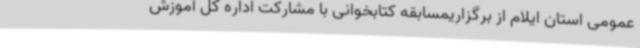
عمومی استان ایلام از برگزاریمسابقه کتابخوانی با مشارکت اداره کل آموزش